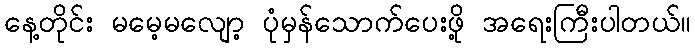
နေ့တိုင်း မမေ့မလျော့ ပုံမှန်သောက်ပေးဖို့ အရေးကြီးပါတယ်။